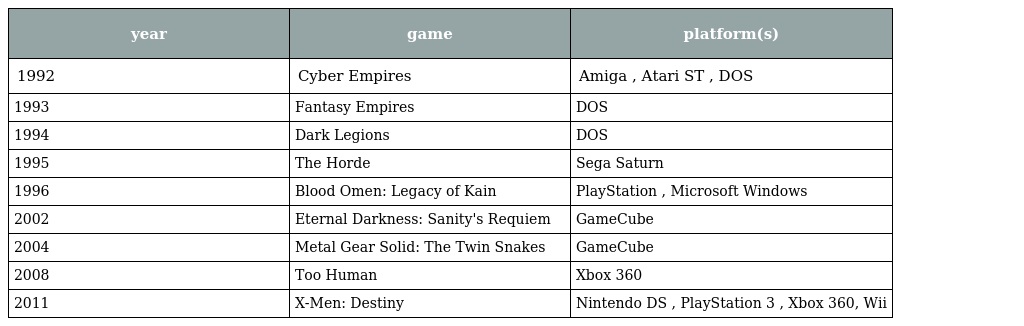
| year | game | platform(s) |
 | --- | --- | --- |
 | 1992 | Cyber Empires | Amiga , Atari ST , DOS |
 | 1993 | Fantasy Empires | DOS |
 | 1994 | Dark Legions | DOS |
 | 1995 | The Horde | Sega Saturn |
 | 1996 | Blood Omen: Legacy of Kain | PlayStation , Microsoft Windows |
 | 2002 | Eternal Darkness: Sanity's Requiem | GameCube |
 | 2004 | Metal Gear Solid: The Twin Snakes | GameCube |
 | 2008 | Too Human | Xbox 360 |
 | 2011 | X-Men: Destiny | Nintendo DS , PlayStation 3 , Xbox 360, Wii |